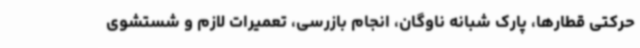
حرکتی قطارها، پارک شبانه ناوگان، انجام بازرسی، تعمیرات لازم و شستشوی